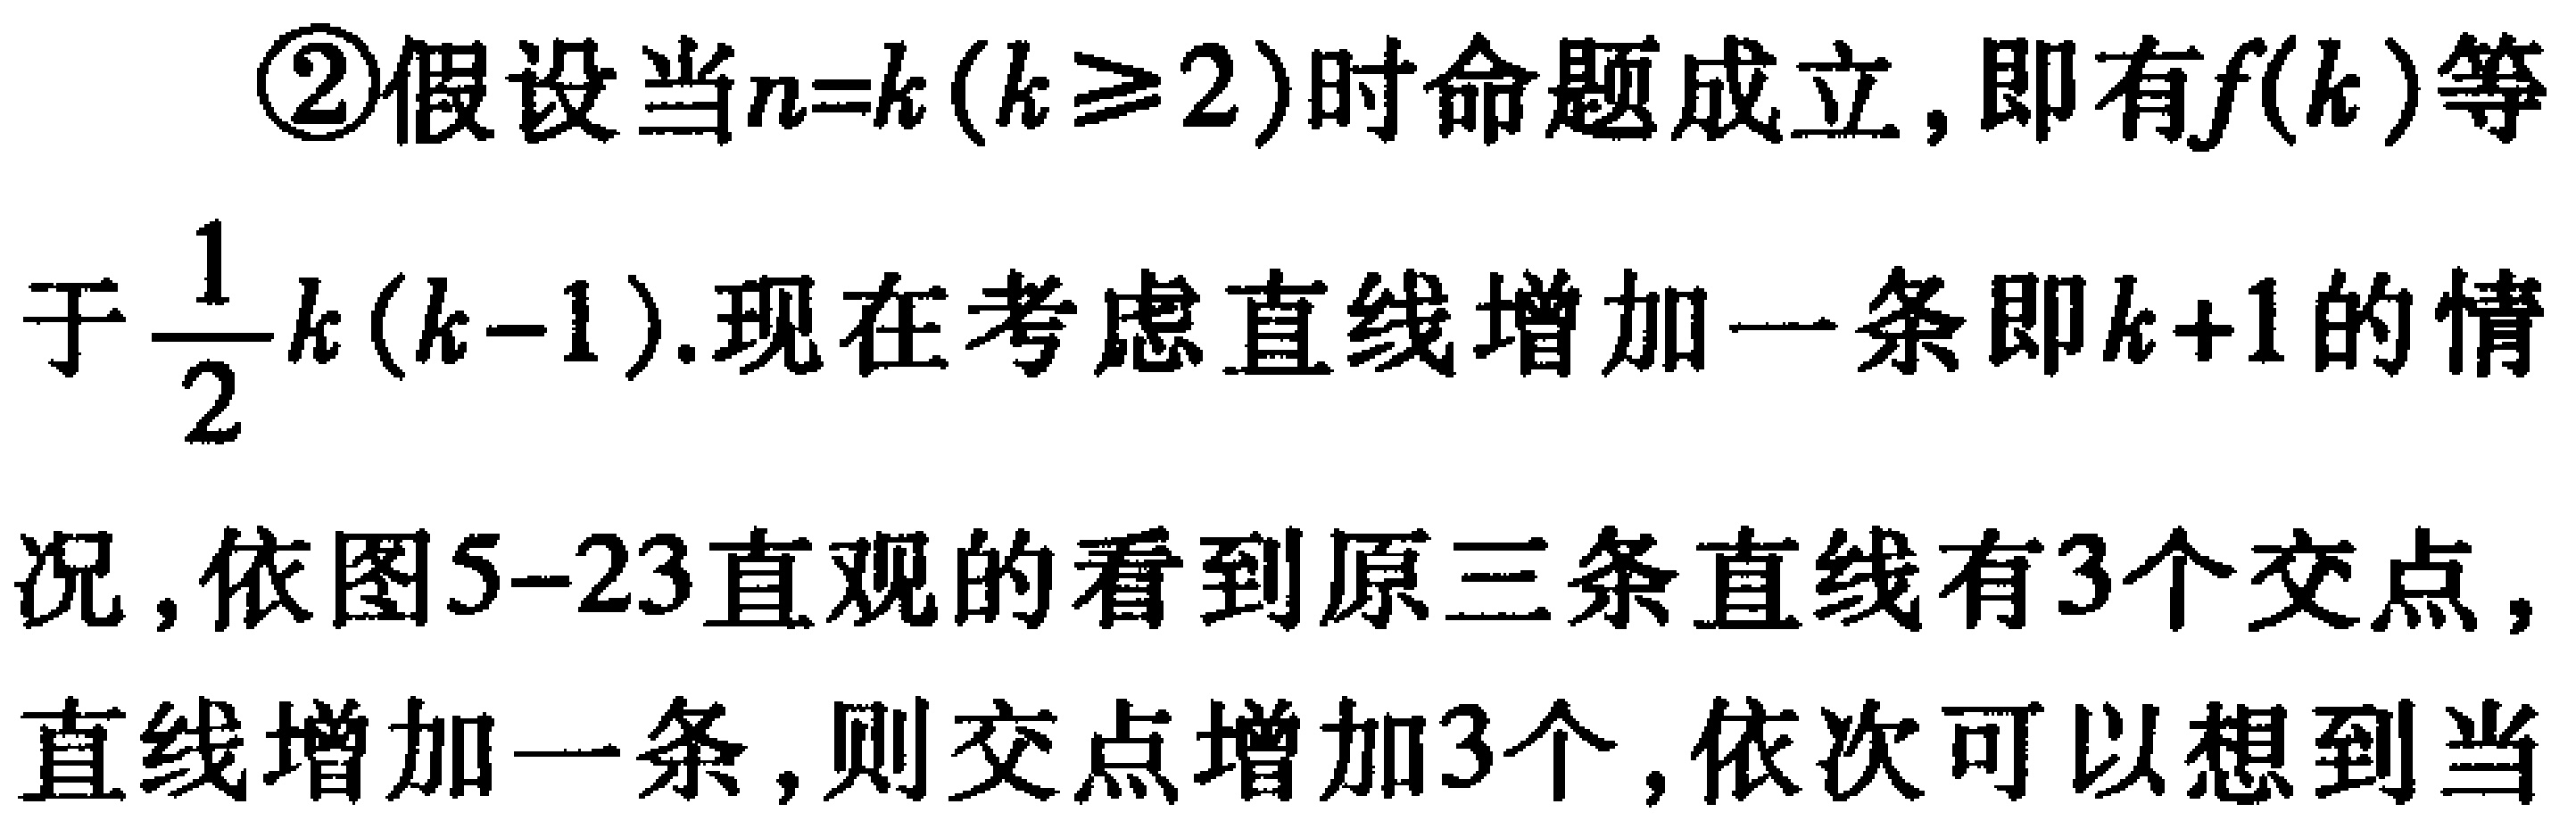
\textcircled{2}假设当\(n = k(k\geq2)\)时命题成立，即有\(f(k)\)等于\(\frac{1}{2}k(k - 1)\).现在考虑直线增加一条即\(k + 1\)的情况，依图5-23直观的看到原三条直线有3个交点，直线增加一条，则交点增加3个，依次可以想到当